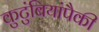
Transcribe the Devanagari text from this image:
कुटुंबियांपैकी